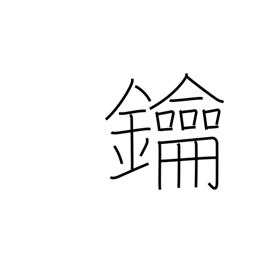
Meaning: lock